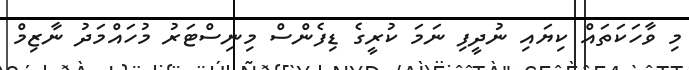
މި ވާހަކަތައް ކިޔައި ނުދީފި ނަމަ ކުރީގެ ޑިފެންސް މިނިސްޓަރު މުހައްމަދު ނާޒިމް